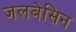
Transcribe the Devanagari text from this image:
जलबेसिन